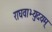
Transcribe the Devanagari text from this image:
राघवाभ्युदयम्